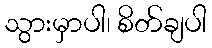
သွားမှာပါ၊ စိတ်ချပါ